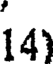
14)